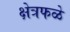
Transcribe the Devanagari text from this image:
क्षेत्रफळे